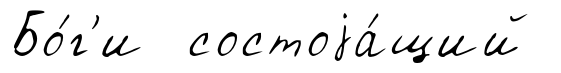
Бо́г'и состоjа́щий